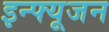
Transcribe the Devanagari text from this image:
इन्फ्यूजन